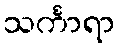
သင်္ကာရာ